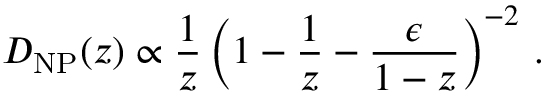
D _ { \mathrm { N P } } ( z ) \propto \frac { 1 } { z } \left( 1 - \frac { 1 } { z } - \frac { \epsilon } { 1 - z } \right) ^ { - 2 } \, .